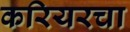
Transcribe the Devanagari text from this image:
करियरचा